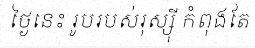
ថ្ងៃនេះ រូបរបស់រុស្ស៊ី កំពុងតែ